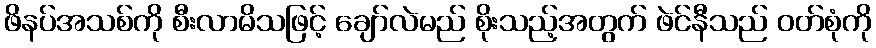
ဖိနပ်အသစ်ကို စီးလာမိသဖြင့် ချော်လဲမည် စိုးသည့်အတွက် ဖဲင်နီသည် ဝတ်စုံကို